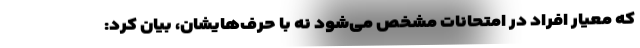
که معیار افراد در امتحانات مشخص می‌شود نه با حرف‌هایشان، بیان کرد: